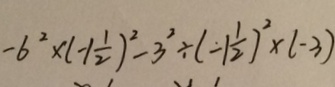
- 6 ^ { 2 } \times ( - 1 \frac { 1 } { 2 } ) ^ { 2 } - 3 ^ { 2 } \div ( - 1 \frac { 1 } { 2 } ) ^ { 2 } \times ( - 3 )